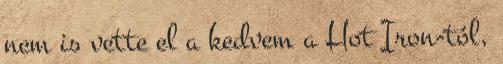
nem is vette el a kedvem a Hot Iron-tól,